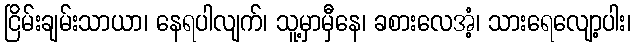
ငြိမ်းချမ်းသာယာ၊ နေရပါလျက်၊ သူ့မှာမှီနေ၊ ခစားလေအံ့၊ သားရေလျော့ပါး၊